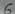
Text: 6